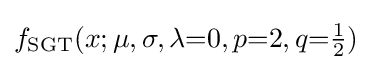
f_{\text{SGT}}(x;\mu ,\sigma ,\lambda {=}0,p{=}2,q{=}{\tfrac {1}{2}})